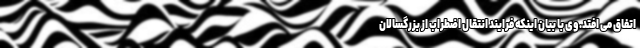
اتفاق می افتد. وی با بیان اینکه فرایند انتقال اضطراب از بزرگسالان